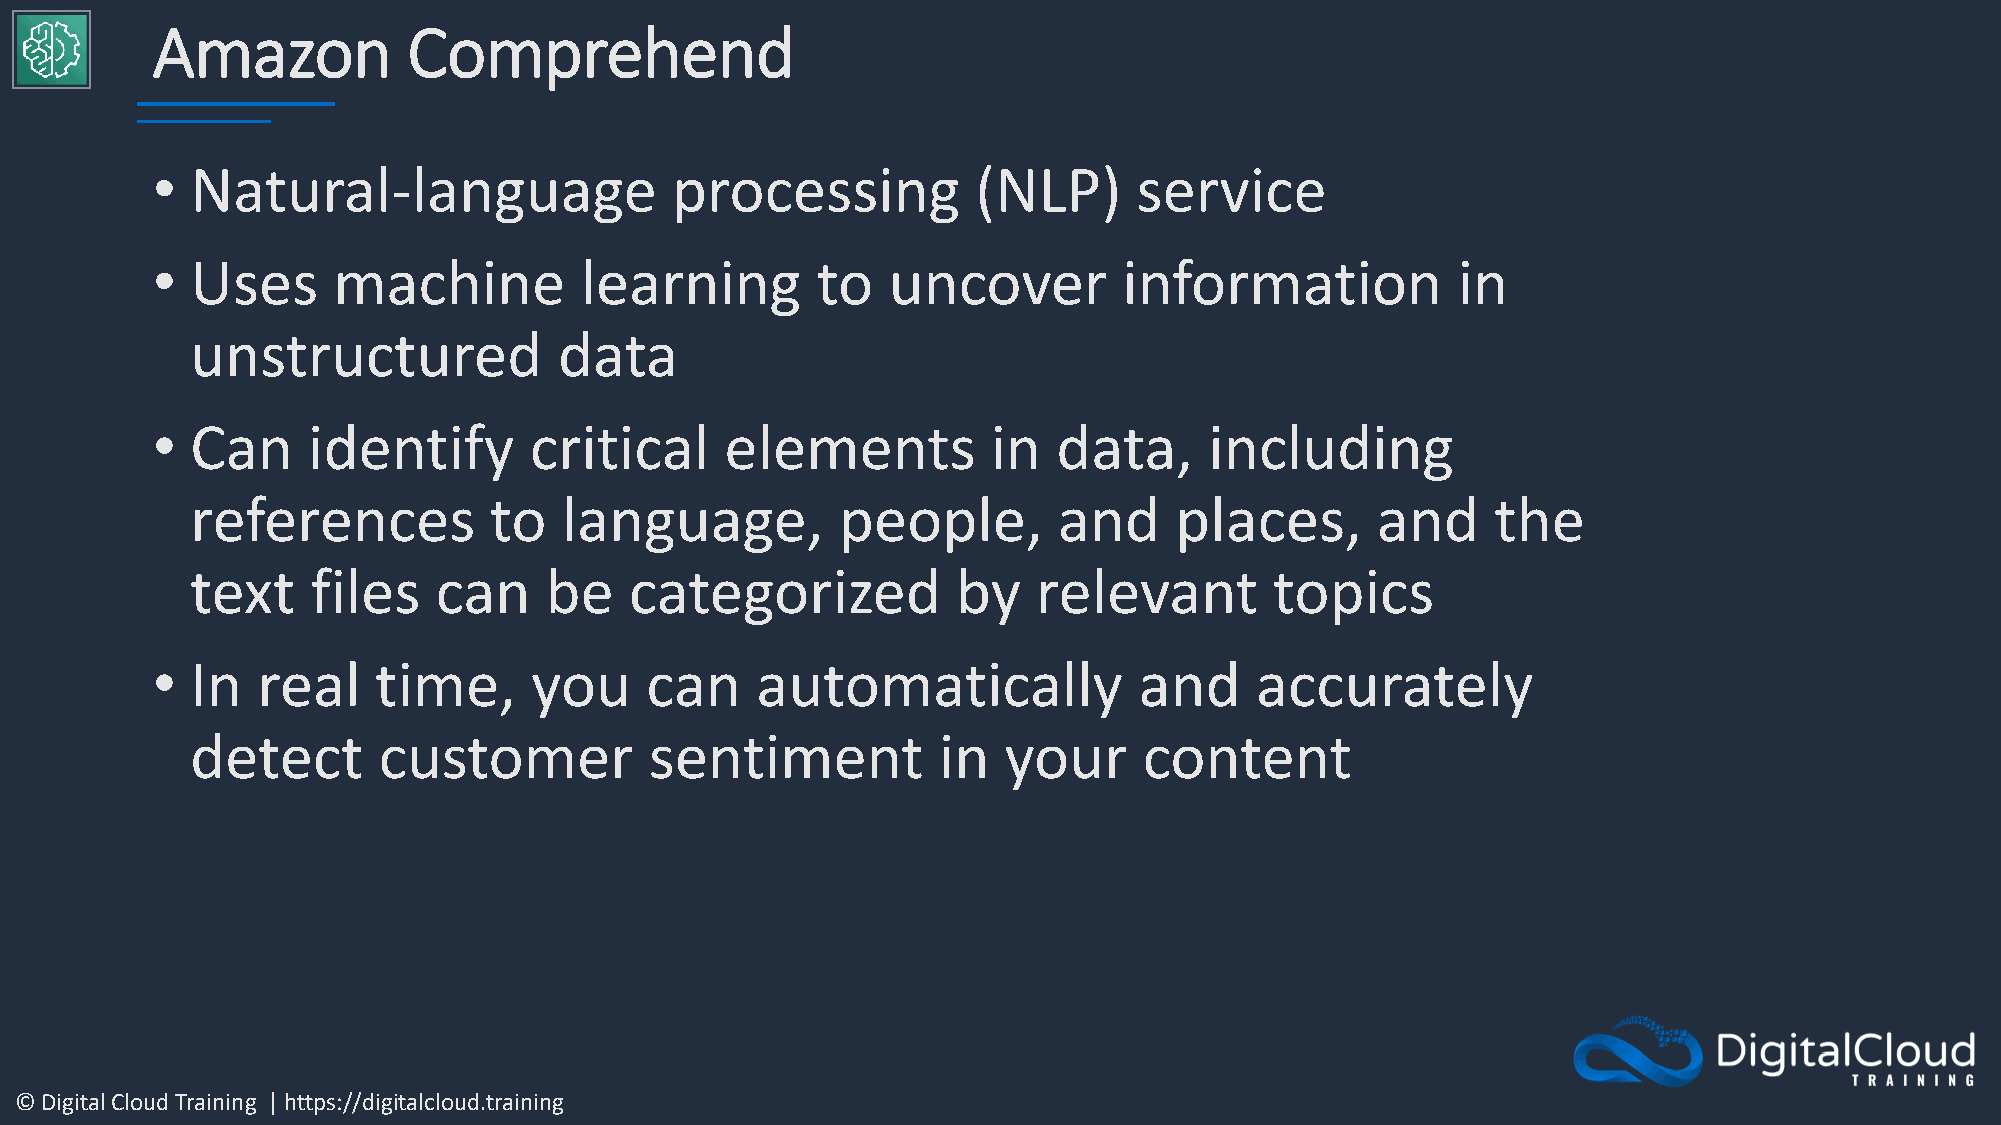
Amazon           Comprehend
 •  Natural-language               processing           (NLP)     service
 •  Uses     machine         learning        to   uncover        information           in
 unstructured            data
 •  Can    identify       critical     elements          in  data,     including
 references         to   language,          people,       and     places,      and     the
 text    files   can    be    categorized          by    relevant       topics
 •  In  real    time,     you     can    automatically            and     accurately
 detect      customer          sentiment          in  your      content
 © Digital Cloud Training | https://digitalcloud.training